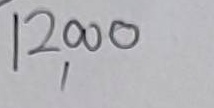
12,000